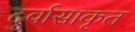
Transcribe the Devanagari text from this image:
दुर्वासाकृत